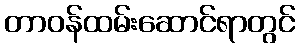
တာဝန်ထမ်းဆောင်ရာတွင်